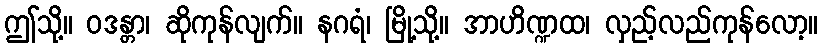
ဤသို့။ ဝဒန္တာ၊ ဆိုကုန်လျက်။ နဂရံ၊ မြို့သို့။ အာဟိဏ္ဍထ၊ လှည့်လည်ကုန်လော့။